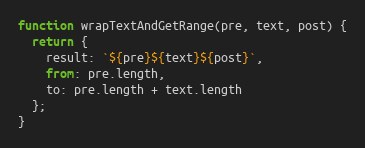
Language: JavaScript
function wrapTextAndGetRange(pre, text, post) {
  return {
    result: `${pre}${text}${post}`,
    from: pre.length,
    to: pre.length + text.length
  };
}